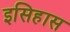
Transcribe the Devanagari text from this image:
इसिहास